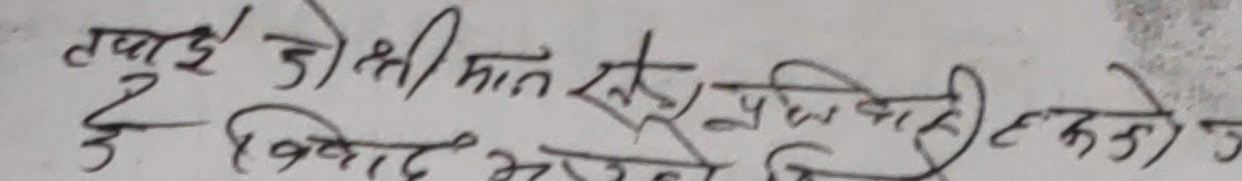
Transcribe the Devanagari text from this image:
तपाईं जो श्रीमान् रख्ने प्रविधि कही हुने छ।
उ विवाह भनेको जिन्दगी होला